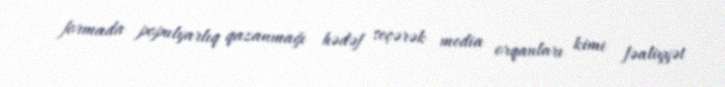
formada populyarlıq qazanmağı hədəf seçərək media orqanları kimi fəaliyyət